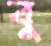
বু